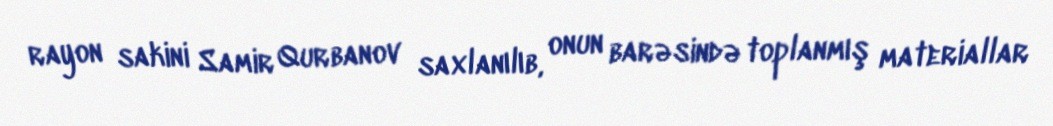
rayon sakini Samir Qurbanov saxlanılıb, onun barəsində toplanmış materiallar